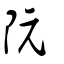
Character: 阮